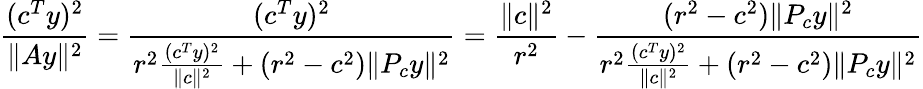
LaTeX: \frac{(c^{T}y)^{2}}{\| Ay\| ^{2}}=\frac{(c^{T}y)^{2}}{r^{2}\frac{(c^{T}y)^{2}}{\| c\| ^{2}}+(r^{2}-c^{2})\| P_{c}y\| ^{2}}=\frac{\| c\| ^{2}}{r^{2}}-\frac{(r^{2}-c^{2})\| P_{c}y\| ^{2}}{r^{2}\frac{(c^{T}y)^{2}}{\| c\| ^{2}}+(r^{2}-c^{2})\| P_{c}y\| ^{2}}